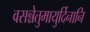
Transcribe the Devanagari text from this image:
वसन्नेतुमायुर्दिनानि